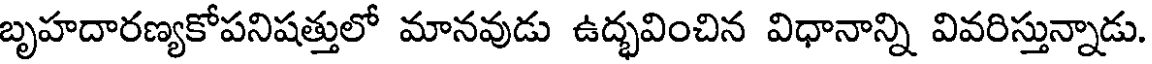
బృహదారణ్యకోపనిషత్తులో మానవుడు ఉద్భవించిన విధానాన్ని వివరిస్తున్నాడు.